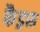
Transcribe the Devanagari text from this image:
कैड्रस